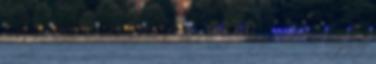
évvel ezelőtt annak köszönhetően nőttek meg ekkorára, hogy az